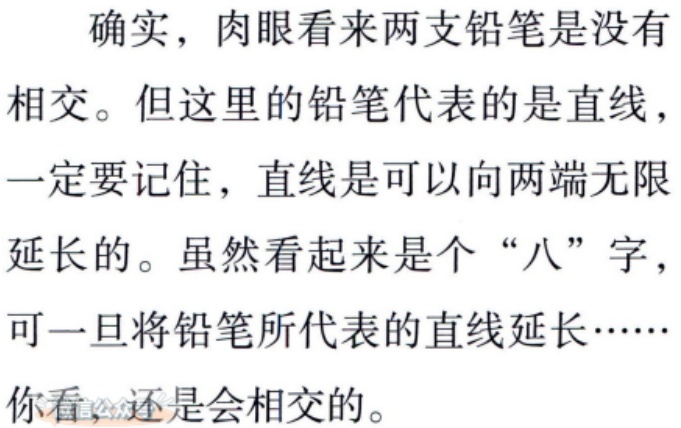
确实，肉眼看来两支铅笔是没有

相交。但这里的铅笔代表的是直线，

一定要记住，直线是可以向两端无限

延长的。虽然看起来是个“八”字，

可一旦将铅笔所代表的直线延长……

你看，还是会相交的。